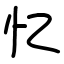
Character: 忆